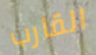
القارب